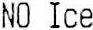
NO ICE